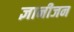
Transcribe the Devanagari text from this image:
ज्ञानीजन